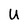
Character: U